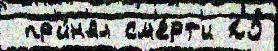
 пр'и́н'ял см'е́рт'и 25